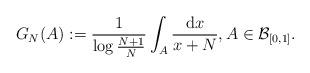
LaTeX: \begin{align*} G_N (A) :=\frac{1}{\log \frac{N+1}{N}} \int_{A} \frac{\mathrm{d}x}{x+N},A \in {\mathcal{B}}_{[0, 1]}.\end{align*}